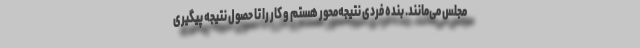
مجلس می‌مانند. بنده فردی نتیجه‌محور هستم و کار را تا حصول نتیجه پیگیری